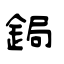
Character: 鋦